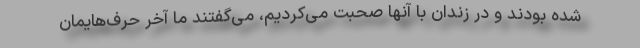
شده بودند و در زندان با آنها صحبت می‌کردیم، می‌گفتند ما آخر حرف‌هایمان